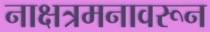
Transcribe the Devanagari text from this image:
नाक्षत्रमनावरून